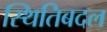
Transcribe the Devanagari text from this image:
स्थितिबदल